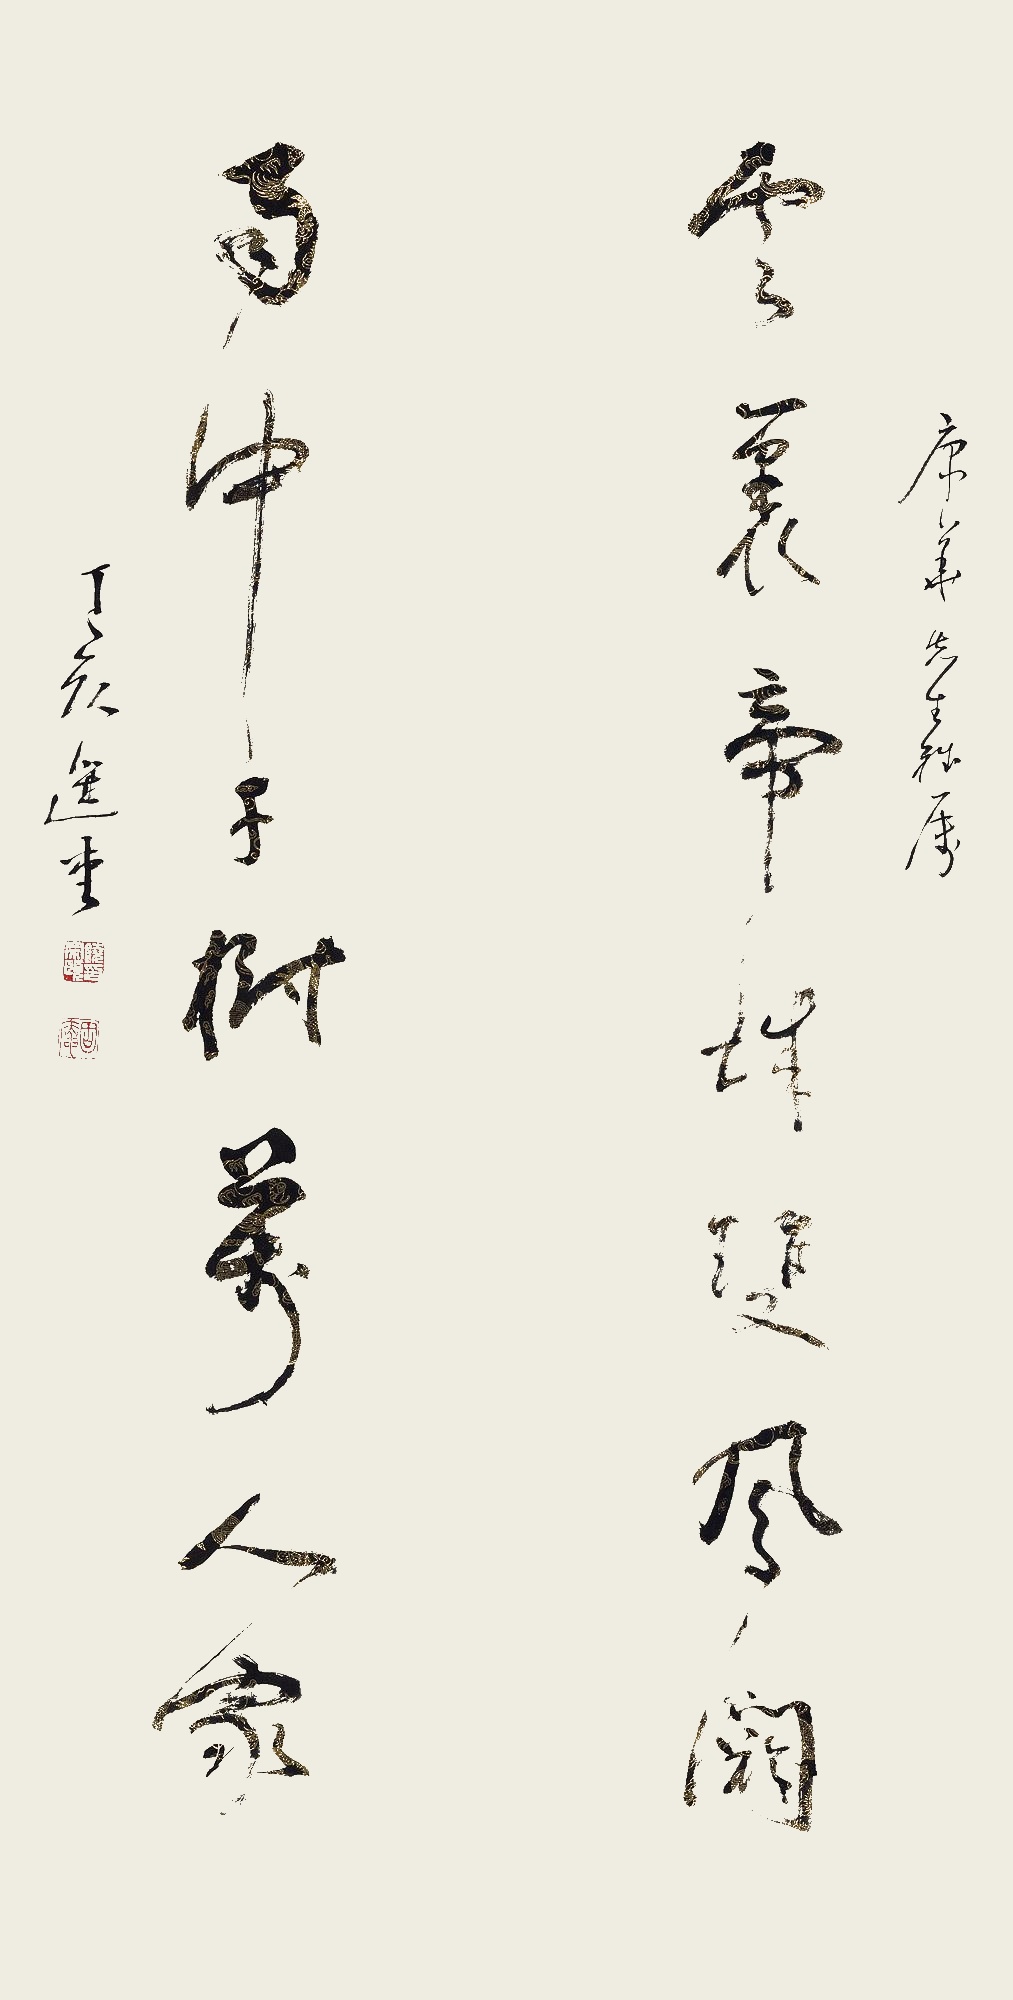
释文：云里帝城双凤阙，雨中千树万人家。康华先生雅属，丁亥（2007年），选堂。